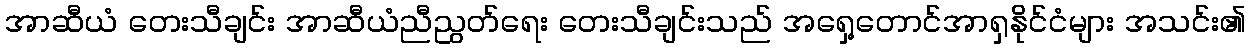
အာဆီယံ တေးသီချင်း အာဆီယံညီညွတ်ရေး တေးသီချင်းသည် အရှေ့တောင်အာရှနိုင်ငံများ အသင်း၏